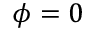
\phi = 0